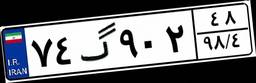
۰۳گ۱۷۵۰۷